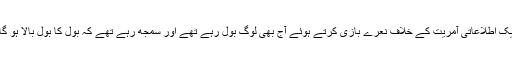
ایک اطلاعاتی آمریت کے خلاف نعرے بازی کرتے ہوئے آج بھی لوگ بول رہے تھے اور سمجھ رہے تھے کہ بول کا بول بالا ہو گا۔